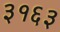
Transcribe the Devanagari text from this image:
३१६३